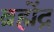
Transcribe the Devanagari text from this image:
ब्रह्मेंद्र